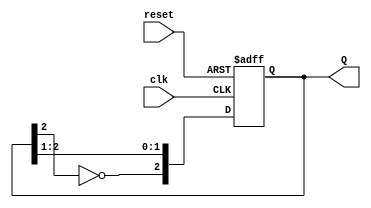
module johnson_counter #(parameter N = 3) (
    input wire clk,        // Clock signal
    input wire reset,      // Asynchronous reset signal
    output reg [N-1:0] Q   // Counter output
);
    // Sequential logic for Johnson counter
    always @(posedge clk or posedge reset) begin
        if (reset) begin
            // Initialize the state to zero on reset
            Q <= 0;
        end else begin
            // Shift and feedback the inverted last output
            Q <= {~Q[N-1], Q[N-1:N-2]}; // Shift and feed inverted last FF to the first FF
        end
    end
endmodule